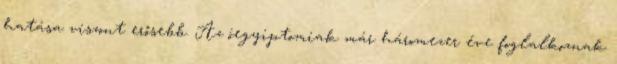
hatása viszont erősebb. Az óegyiptomiak már háromezer éve foglalkoznak